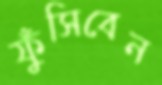
ফুঁসিবেন